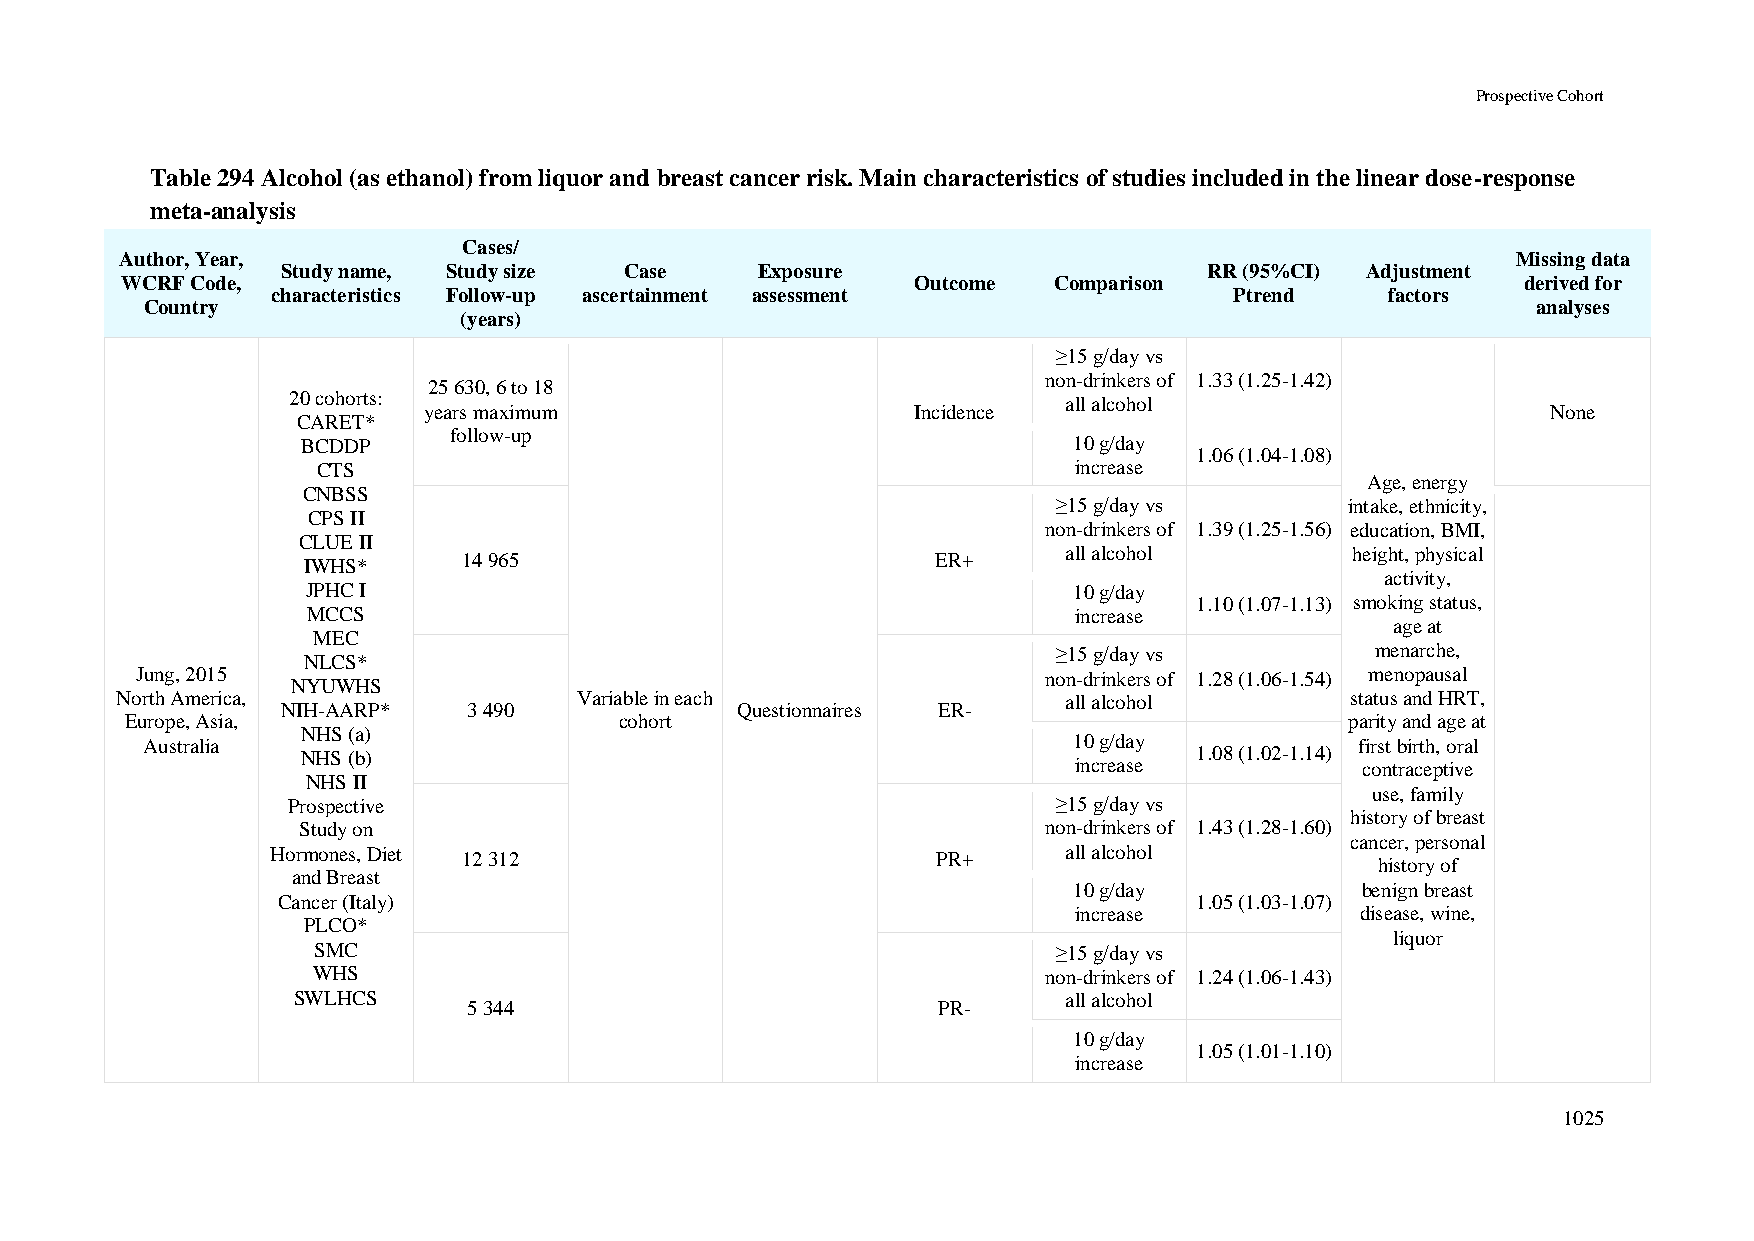
Prospective Cohort
 Table 294 Alcohol (as ethanol) from liquor and breast cancer risk. Main characteristics of studies included in the linear dose-response
 meta-analysis
 Cases/
 Author, Year,                                                                               Missing data
 Study name, Study size Case    Exposure                      RR (95%CI) Adjustment
 WCRF Code,                                           Outcome  Comparison                     derived for
 characteristics Follow-up ascertainment assessment              Ptrend    factors
 Country                                                                                     analyses
 (years)
 ≥15 g/day vs
 non-drinkers of 1.33 (1.25-1.42)
 25 630, 6 to 18
 20 cohorts:                                         all alcohol
 years maximum                    Incidence                                 None
 CARET*
 follow-up
 BCDDP                                              10 g/day
 1.06 (1.04-1.08)
 CTS                                               increase
 Age, energy
 CNBSS
 ≥15 g/day vs       intake, ethnicity,
 CPS II
 non-drinkers of 1.39 (1.25-1.56) education, BMI,
 CLUE II
 all alcohol        height, physical
 IWHS*      14 965                         ER+
 activity,
 JPHC I                                             10 g/day
 1.10 (1.07-1.13) smoking status,
 MCCS                                               increase
 age at
 MEC
 ≥15 g/day vs         menarche,
 NLCS*
 Jung, 2015                                                  non-drinkers of 1.28 (1.06-1.54) menopausal
 NYUWHS
 North America,                Variable in each                 all alcohol       status and HRT,
 NIH-AARP*   3 490             Questionnaires ER-
 Europe, Asia,                    cohort                                          parity and age at
 NHS (a)
 Australia                                                     10 g/day           first birth, oral
 NHS (b)                                                    1.08 (1.02-1.14)
 increase           contraceptive
 NHS II
 use, family
 Prospective                                        ≥15 g/day vs
 history of breast
 Study on                                         non-drinkers of 1.43 (1.28-1.60)
 cancer, personal
 Hormones, Diet 12 312                       PR+      all alcohol
 history of
 and Breast
 10 g/day           benign breast
 Cancer (Italy)                                               1.05 (1.03-1.07)
 increase           disease, wine,
 PLCO*
 liquor
 SMC                                              ≥15 g/day vs
 WHS                                             non-drinkers of 1.24 (1.06-1.43)
 SWLHCS                                              all alcohol
 5 344                          PR-
 10 g/day
 1.05 (1.01-1.10)
 increase
 1025